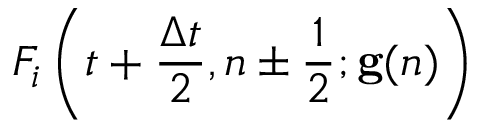
F _ { i } \left( t + \frac { \Delta t } { 2 } , n \pm \frac { 1 } { 2 } ; \mathbf { g } ( n ) \right)